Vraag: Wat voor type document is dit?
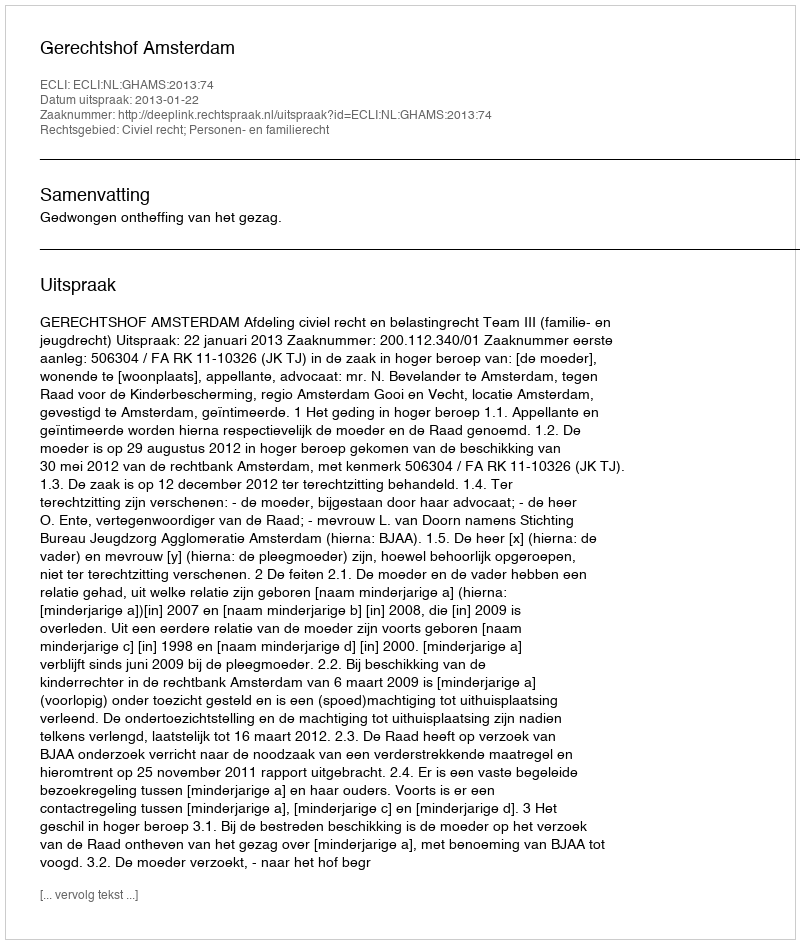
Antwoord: Uitspraak